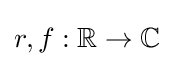
r,f:\mathbb {R} \to \mathbb {C}